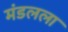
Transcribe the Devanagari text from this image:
मंडलला